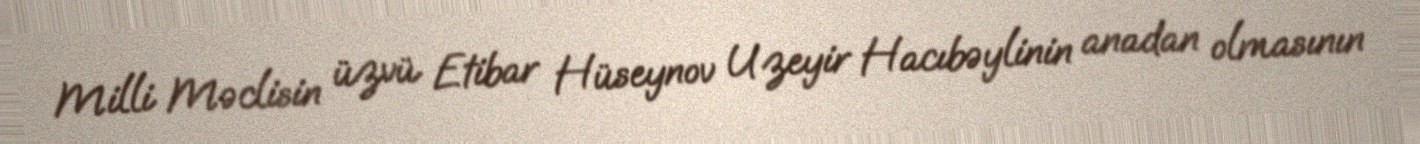
Milli Məclisin üzvü Etibar Hüseynov Uzeyir Hacıbəylinin anadan olmasının